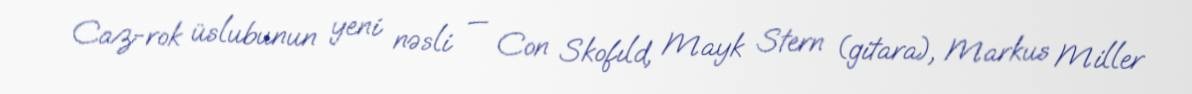
Caz-rok üslubunun yeni nəsli — Con Skofıld, Mayk Stern (gitara), Markus Miller